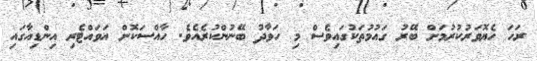
ރަހަ ހެޔޮވަރުކުރުމަށް ބޭރު ގައުމުތަކުގައިވެސް މި ހަވާދު ބޭނުންކުރެއެވެ. ހާއްސަކޮށް އަވައްޓެރި އިންޑިއާގައި